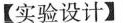
【实验设计】